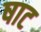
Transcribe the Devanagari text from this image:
षाट